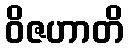
ဝိဇဟာတိ